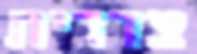
צדדית